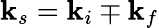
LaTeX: \mathbf{k}_{s}=\mathbf{k}_{i}\mp\mathbf{k}_{f}